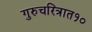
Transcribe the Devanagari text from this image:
गुरुचरित्रात१०